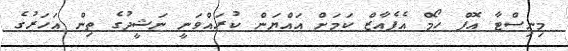
މިނިސްޓާ އޮފް ހޯމް އެފެއާޒް ކަމަށް އައްޔަން ކުރައްވަނީ ނަޝީދުގެ ތިން އަހަރުގެ